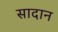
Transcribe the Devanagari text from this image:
सादान